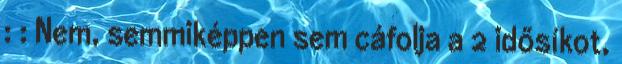
: : Nem, semmiképpen sem cáfolja a 2 idősíkot,